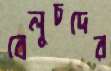
বেলুচদের